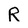
Character: R